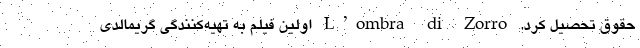
حقوق تحصیل کرد. L’ombra di Zorro اولین فیلم به تهیه‌کنندگی گریمالدی